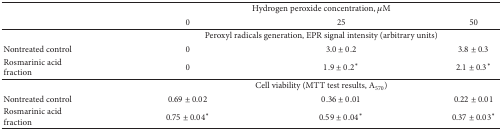
<table><thead><tr><td><b> </b></td><td colspan="3"><b>Hydrogen peroxide concentration, <i>μ</i>M</b></td></tr><tr><td><b> </b></td><td><b>0</b></td><td><b>25</b></td><td><b>50</b></td></tr></thead><tbody><tr><td> </td><td colspan="3">Peroxyl radicals generation, EPR signal intensity (arbitrary units)</td></tr><tr><td>Nontreated control</td><td>0</td><td>3.0 ± 0.2</td><td>3.8 ± 0.3</td></tr><tr><td>Rosmarinic acid fraction</td><td>0</td><td>1.9 ± 0.2*</td><td>2.1 ± 0.3*</td></tr><tr><td> </td><td colspan="3">Cell viability (MTT test results, A<sub>570</sub>)</td></tr><tr><td>Nontreated control</td><td>0.69 ± 0.02</td><td>0.36 ± 0.01</td><td>0.22 ± 0.01</td></tr><tr><td>Rosmarinic acid fraction</td><td>0.75 ± 0.04*</td><td>0.59 ± 0.04*</td><td>0.37 ± 0.03*</td></tr></tbody></table>